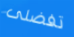
تفضلى